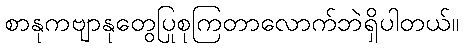
စာနုကဗျာနုတွေပြုစုကြတာလောက်ဘဲရှိပါတယ်။